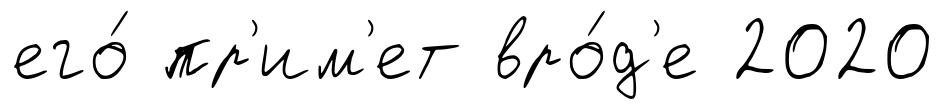
его́ пр'им'ет вро́д'е 2020